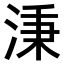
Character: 𣶸